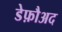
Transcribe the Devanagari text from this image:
डेफ़ौअद